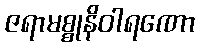
ဇရာမစ္စုနိဝါရဏော